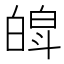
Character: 𤾍